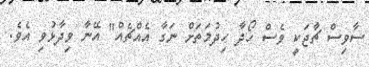
ސާވިސް ޗާޖަކީ ވެސް ހޯދާ ހިދުމަތަށް ނަގާ އެއްޗެއް" އޭނާ ވިދާޅުވި އެވެ.